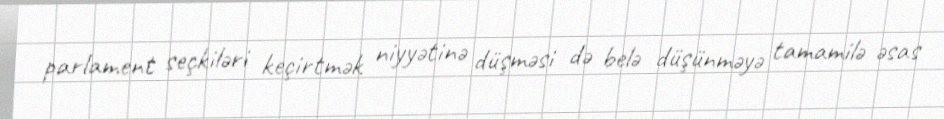
parlament seçkiləri keçirtmək niyyətinə düşməsi də belə düşünməyə tamamilə əsas